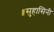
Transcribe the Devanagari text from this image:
॥सुहासिनी